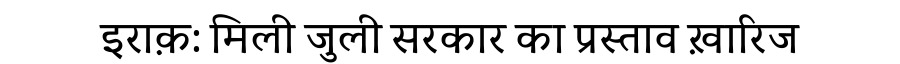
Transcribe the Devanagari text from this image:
इराक़: मिली जुली सरकार का प्रस्ताव ख़ारिज